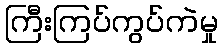
ကြီးကြပ်ကွပ်ကဲမှု